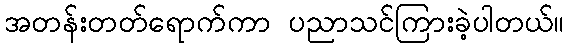
အတန်းတတ်ရောက်ကာ ပညာသင်ကြားခဲ့ပါတယ်။